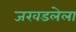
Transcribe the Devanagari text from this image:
जखडलेला